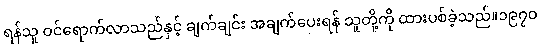
ရန်သူ ဝင်ရောက်လာသည်နှင့် ချက်ချင်း အချက်ပေးရန် သူတို့ကို ထားပစ်ခဲ့သည်။၁၉၇၀